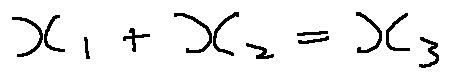
x _ { 1 } + x _ { 2 } = x _ { 3 }